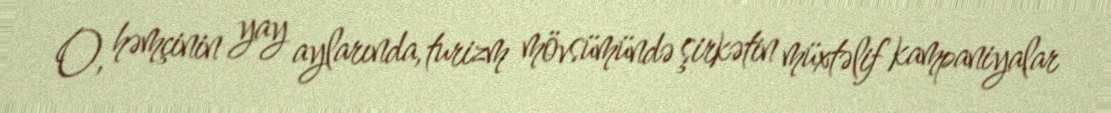
O, həmçinin yay aylarında, turizm mövsümündə şirkətin müxtəlif kampaniyalar